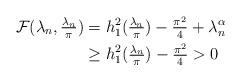
LaTeX: \begin{align*} {\cal F} (\lambda_n, \tfrac{\lambda_n}{\pi}) &= h^2_1 (\tfrac{\lambda_n}{\pi}) - \tfrac{\pi^2}{4} + \lambda^\alpha_n \\ &\geq h^2_1 (\tfrac{\lambda_n}{\pi}) - \tfrac{\pi^2}{4} > 0 \end{align*}